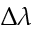
\Delta \lambda